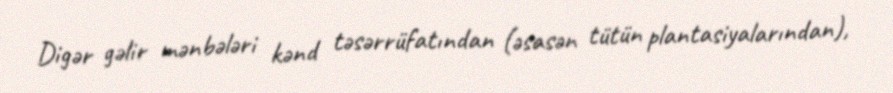
Digər gəlir mənbələri kənd təsərrüfatından (əsasən tütün plantasiyalarından),